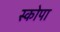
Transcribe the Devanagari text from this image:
स्कोपा